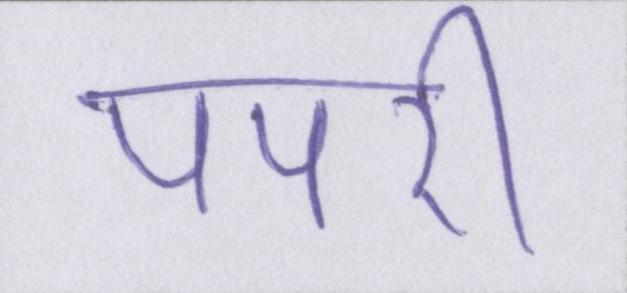
पपरी